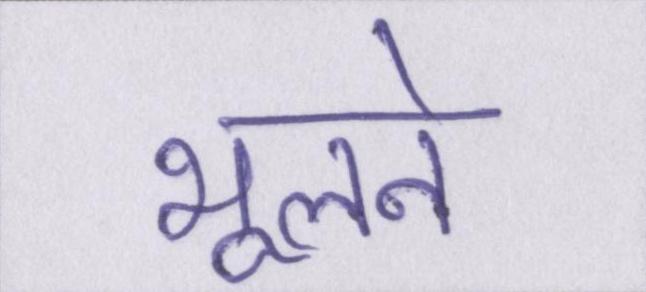
भूलने